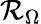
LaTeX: \mathcal{R}_{\Omega}